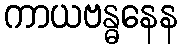
ကာယဗန္ဓနေန